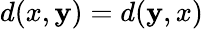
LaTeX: d(x,\mathbf{y})=d(\mathbf{y},x)